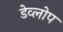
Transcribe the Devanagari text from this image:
डेव्लोप